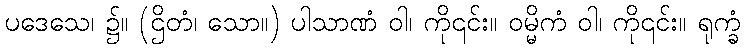
ပဒေသေ၊ ၌။ (ဌိတံ၊ သော။) ပါသာဏံ ဝါ၊ ကို၎င်း။ ဝမ္မိကံ ဝါ၊ ကို၎င်း။ ရုက္ခံ